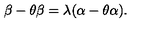
\beta - \theta \beta = \lambda ( \alpha - \theta \alpha ) .